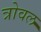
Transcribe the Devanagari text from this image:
त्रोवल